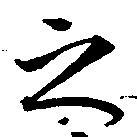
之